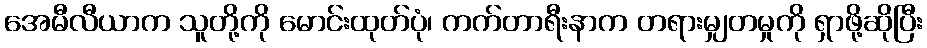
အေမီလီယာက သူတို့ကို မောင်းထုတ်ပုံ၊ ကက်တာရီးနာက တရားမျှတမှုကို ရှာဖို့ဆိုပြီး